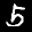
Label: 5